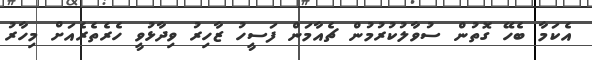
އެކަމާ ބެހޭ ގޮތުން ސުވާލުކުރުމުން ޗެއާމަން ފަސީހު ޒާހިރު ވިދާޅުވީ ހެރެތެރެއަށް މިހާރު